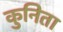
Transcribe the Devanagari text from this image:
कुनिता